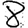
Digit: 8